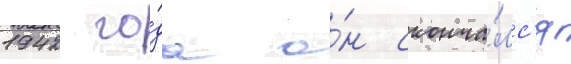
1942 го́да о́н сконча́лс'я